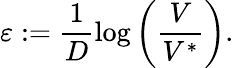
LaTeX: \varepsilon:=\frac{1}{D}\log{\left(\frac{V}{V^{\ast}}\right)}.